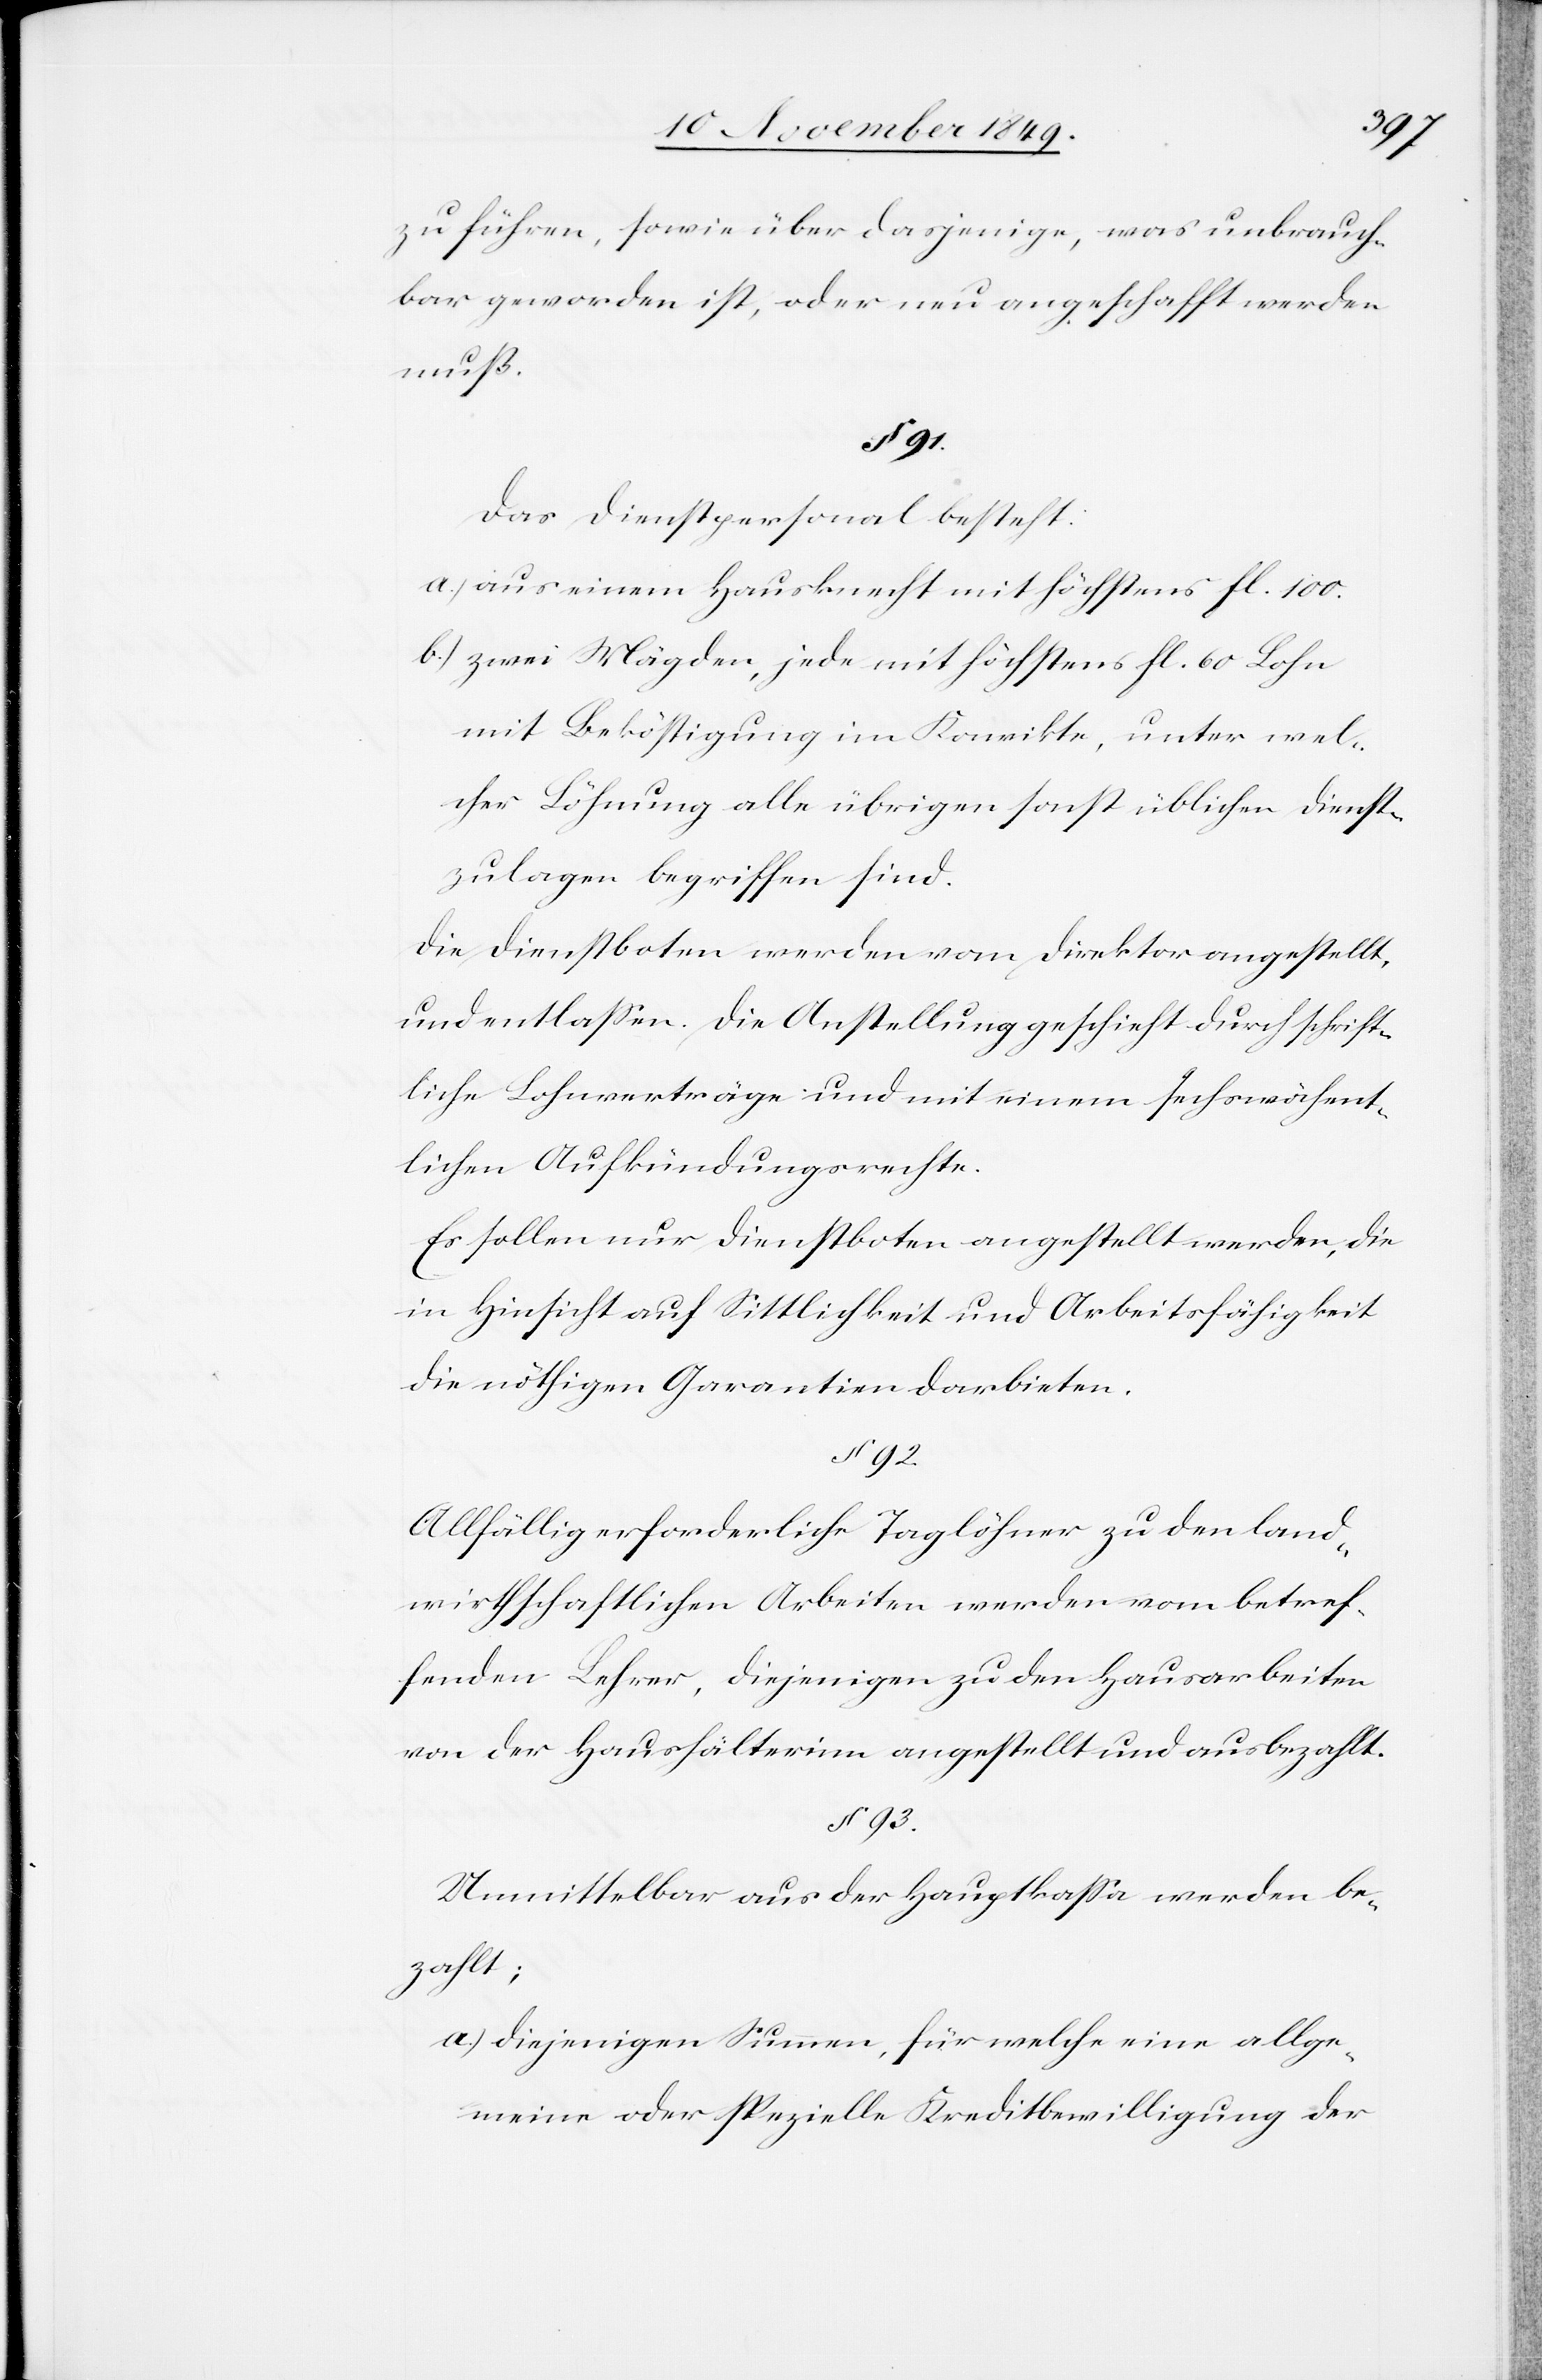
zu führen, sowie über dasjenige, was unbrauch¬
bar geworden ist, oder neu angeschafft werden
muß.
§ 91.
Das Dienstpersonal besteht:
a.) aus einem Hausknecht mit höchstens fl. 100.
b.) zwei Mägden, jede mit höchstens fl. 60 Lohn
mit Beköstigung im Konvikte, unter wel¬
cher Löhnung alle übrigen sonst üblichen Dienst¬
zulagen begriffen sind.
Die Dienstboten werden vom Direktor angestellt,
und entlaßen. Die Anstellung geschieht durch schrift¬
liche Lohnverträge und mit einem sechswöchent¬
lichen Aufkündigungsrechte.
Es sollen nur Dienstboten angestellt werden, die
in Hinsicht auf Sittlichkeit und Arbeitsfähigkeit
die nöthigen Garantien darbieten.
§ 92.
Allfällig erforderliche Taglöhner zu den land¬
wirthschaftlichen Arbeiten werden vom betref¬
fenden Lehrer, diejenigen zu den Hausarbeiten
von der Haushälterinn angestellt und ausbezahlt.
§ 93.
Unmittelbar aus der Hauptkaßa werden be¬
zahlt;
a.) diejenigen Summen, für welche eine allge¬
meine oder spezielle Kreditbewilligung der